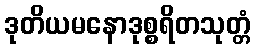
ဒုတိယမနောဒုစ္စရိတသုတ္တံ